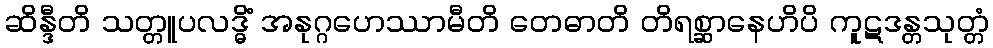
ဆိန္ဒီတိ သတ္တူပလဒ္ဓိံ အနုဂ္ဂဟေဿာမီတိ တေဓာတိ တိရစ္ဆာနေဟိပိ ကူဋဒန္တသုတ္တံ